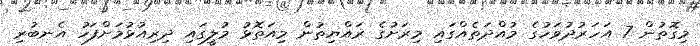
މިގޮތުން 7 އަހަރުދުވަހުގެ މުއްދަތެއްގައި މިރަށުގެ ރައްޔިތުން މިއަތޮޅު މުލީގައި ދިރިއުޅުމަށްފަހު އެނބުރި